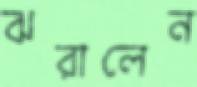
ঝরালেন